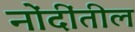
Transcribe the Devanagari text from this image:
नोंदींतील